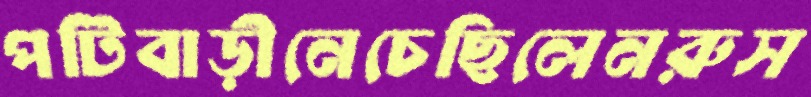
পটিবাড়ীনেচেছিলেনরুস